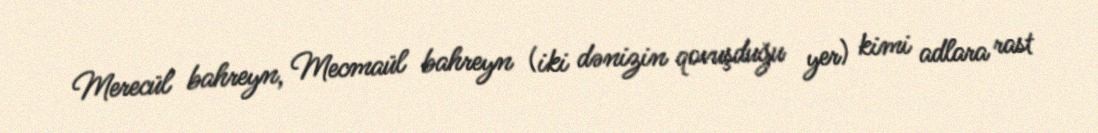
Merecül bahreyn, Mecmaül bahreyn (iki dənizin qovuşduğu yer) kimi adlara rast